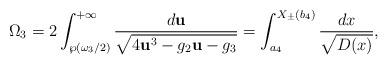
LaTeX: \begin{align*} \Omega_{3}=2\int_{\wp (\omega_{3}/2)}^{+\infty}\frac{d\mathbf{u}}{\sqrt{4\mathbf{u}^{3}-g_{2}\mathbf{u}-g_{3}}} = \int_{a_{4}}^{X_{\pm}(b_{4})} \frac{dx}{\sqrt{D(x)}},\end{align*}